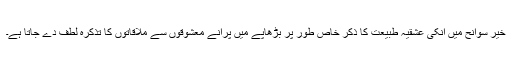
خیر سوانح میں انکی عشقیہ طبیعت کا ذکر خاص طور پر بڑھاپے میں پرانے معشوقوں سے ملاقاتوں کا تذکرہ لطف دے جاتا ہے۔